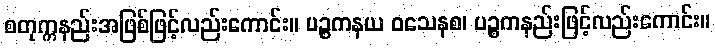
စတုက္ကနည်းအဖြစ်ဖြင့်လည်းကောင်း။ ပဉ္စကနယ ဝသေနစ၊ ပဉ္စကနည်းဖြင့်လည်းကောင်း။